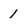
Character: 1